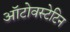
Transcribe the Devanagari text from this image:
ऑटोवस्टेटिन